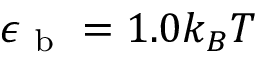
\epsilon _ { \mathrm { ~ b ~ } } = 1 . 0 k _ { B } T